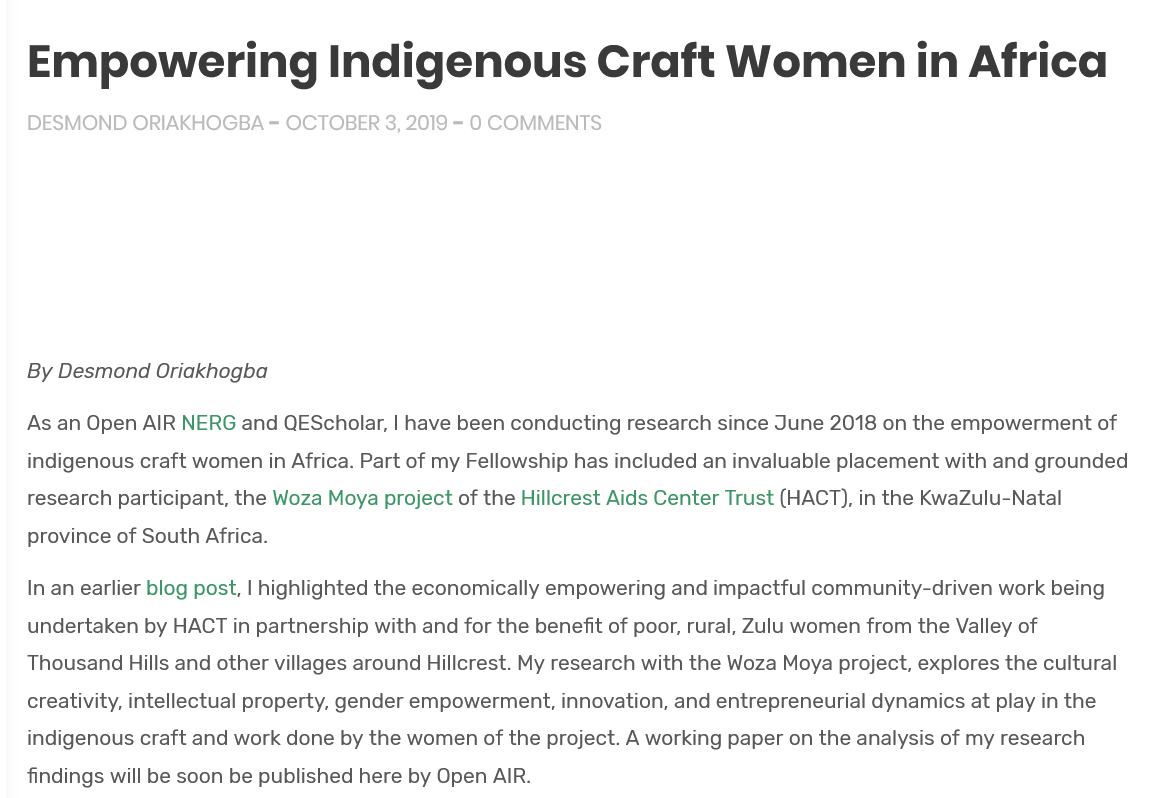
Empowering    Indigenous    Craft    Women    in    Africa
   DESMOND   ORIAKHOGBA  = OCTOBER 3, 2019 = 0 COMMENTS
   By Desmond Oriakhogba
   As an Open AIR NERG and QEScholar, | have been conducting research since June 2018 on the empowerment of
   indigenous craft women in Africa. Part of my Fellowship has included an invaluable placement with and grounded
   research participant, the Woza Moya project of the Hillcrest Aids Center Trust (HACT), in the KwaZulu-Natal
   province of South Africa.
   In an earlier blog post, | highlighted the economically empowering and impactful community-driven work being
   undertaken by HACT in partnership with and for the benefit of poor, rural, Zulu women from the Valley of
   Thousand Hills and other villages around Hillcrest. My research with the Woza Moya project, explores the cultural
   creativity, intellectual property, gender empowerment, innovation, and entrepreneurial dynamics at play in the
   indigenous craft and work done by the women of the project. A working paper on the analysis of my research
   findings will be soon be published here by Open AIR.